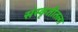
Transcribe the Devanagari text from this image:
संस्कृतीतला